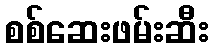
စစ်ဆေးဖမ်းဆီး